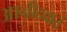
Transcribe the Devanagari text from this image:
आनीदवातं